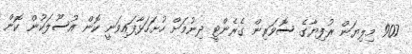
907 މިލިޔަން ރުފިޔާގެ ސޮވަރިން ގެރެންޓީ ދިނުމަށް ހުށަހަޅާފައިވަނީ ކޮން އުސޫލަކުން ކޮން